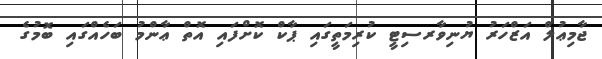
ޖާމިޢުލް އަޒްހަރު ޔުނިވާރސިޓީ ކުރިމަތީގައި ޕާކް ކޮށްފައި އޮތް ޢާންމު ބަހެއްގައި ބޮމުގެ